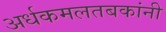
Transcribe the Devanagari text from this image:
अर्धकमलतबकांनी